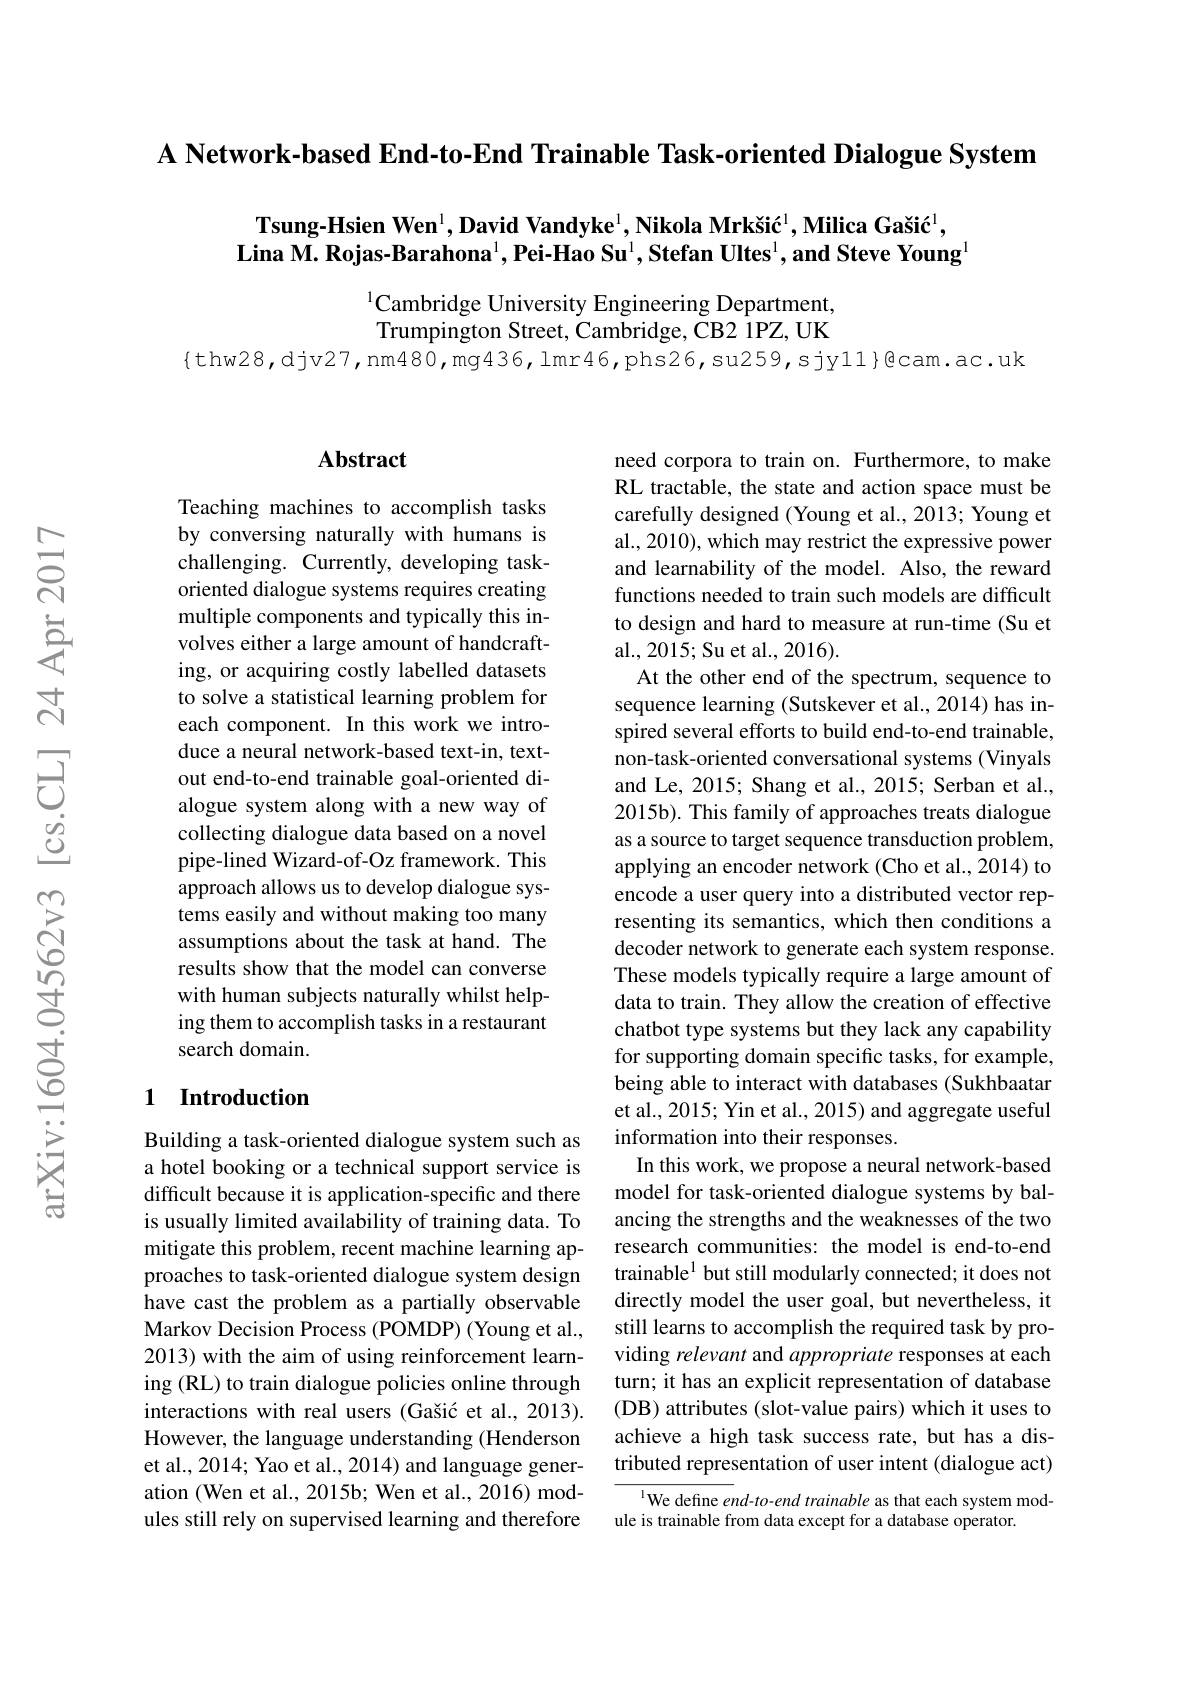
A Network-based End-to-End Trainable Task-oriented Dialogue System

Tsung-Hsien Wen$^1,\textbf{David Vandyke}^1,\text{Nikola Mrkšić}^1,\textbf{Milica Gašić}^1$, Lina M. Rojas-Barahona$^1, \textbf{Pei- Hao Su}^1, \textbf{Stefan Ultes}^1, \textbf{and Steve Young}$

$^{1}$Cambridge University Engineering Department, Trumpington Street, Cambridge, CB2 1PZ, UK

{thw28,djv27,nm480,mg436,lmr46,phs26,su259,sjy11}@cam.ac.uk

### $\mathbf{Abstract}$

Teaching machines to accomplish tasks by conversing naturally with humans is challenging. Currently, developing taskoriented dialogue systems requires creating multiple components and typically this involves either a large amount of handcrafting, or acquiring costly labelled datasets to solve a statistical learning problem for each component. In this work we introduce a neural network-based text-in, textout end-to-end trainable goal-oriented dialogue system along with a new way of collecting dialogue data based on a novel pipe-lined Wizard-of-Oz framework. This approach allows us to develop dialogue systems easily and without making too many assumptions about the task at hand. The results show that the model can converse with human subjects naturally whilst helping them to accomplish tasks in a restaurant search domain.

## 1 Introduction

Building a task-oriented dialogue system such as a hotel booking or a technical support service is difficult because it is application-specific and there is usually limited availability of training data. To mitigate this problem, recent machine learning approaches to task-oriented dialogue system design have cast the problem as a partially observable Markov Decision Process (POMDP) (Young et al., 2013) with the aim of using reinforcement learning (RL) to train dialogue policies online through interactions with real users (Gašić et al., 2013). However, the language understanding (Henderson et al., 2014; Yao et al., 2014) and language generation (Wen et al., 2015b; Wen et al., 2016) modules still rely on supervised learning and therefore

need corpora to train on. Furthermore, to make RL tractable, the state and action space must be carefully designed (Young et al., 2013; Young et al., 2010), which may restrict the expressive power and learnability of the model. Also, the reward functions needed to train such models are difficult to design and hard to measure at run-time (Su et al., 2015; Su et al., 2016).
At the other end of the spectrum, sequence to sequence learning (Sutskever et al., 2014) has inspired several efforts to build end-to-end trainable, non-task-oriented conversational systems (Vinyals and Le, 2015; Shang et al., 2015; Serban et al., 2015b). This family of approaches treats dialogue as a source to target sequence transduction problem, applying an encoder network (Cho et al., 2014) to encode a user query into a distributed vector representing its semantics, which then conditions a decoder network to generate each system response. These models typically require a large amount of data to train. They allow the creation of effective chatbot type systems but they lack any capability for supporting domain specific tasks, for example, being able to interact with databases (Sukhbaatar et al., 2015; Yin et al., 2015) and aggregate useful information into their responses.
In this work, we propose a neural network-based model for task-oriented dialogue systems by balancing the strengths and the weaknesses of the two research communities: the model is end-to-end trainable$^{1}$ but still modularly connected; it does not directly model the user goal, but nevertheless, it still learns to accomplish the required task by providing relevant and appropriate responses at each turn; it has an explicit representation of database (DB) attributes (slot-value pairs) which it uses to achieve a high task success rate, but has a distributed representation of user intent (dialogue act)
I We define end-to-end trainable as that each system mod-
ule is trainable from data except for a database operator.